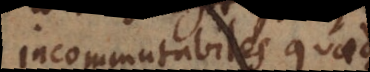
incommutabiles quaedam